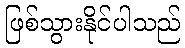
ဖြစ်သွားနိုင်ပါသည်